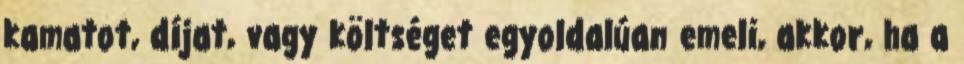
kamatot, díjat, vagy költséget egyoldalúan emeli, akkor, ha a